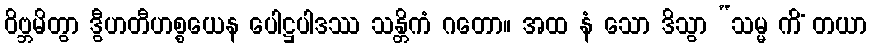
ဝိဗ္ဘမိတွာ ဒွီဟတီဟစ္စယေန ပေါဋ္ဌပါဒဿ သန္တိကံ ဂတော။ အထ နံ သော ဒိသွာ “သမ္မ ကိံ တယာ